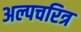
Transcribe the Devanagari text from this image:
अल्पचरित्र